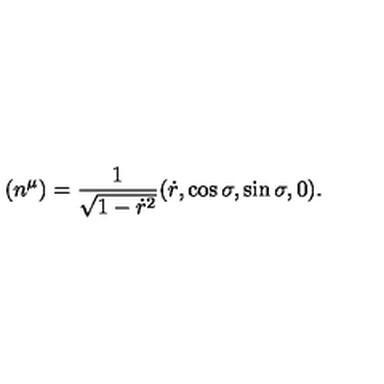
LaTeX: ( n ^ { \mu } ) = \frac { 1 } { \sqrt { 1 - \dot { r } ^ { 2 } } } ( \dot { r } , \cos { \sigma } , \sin { \sigma } , 0 ) .